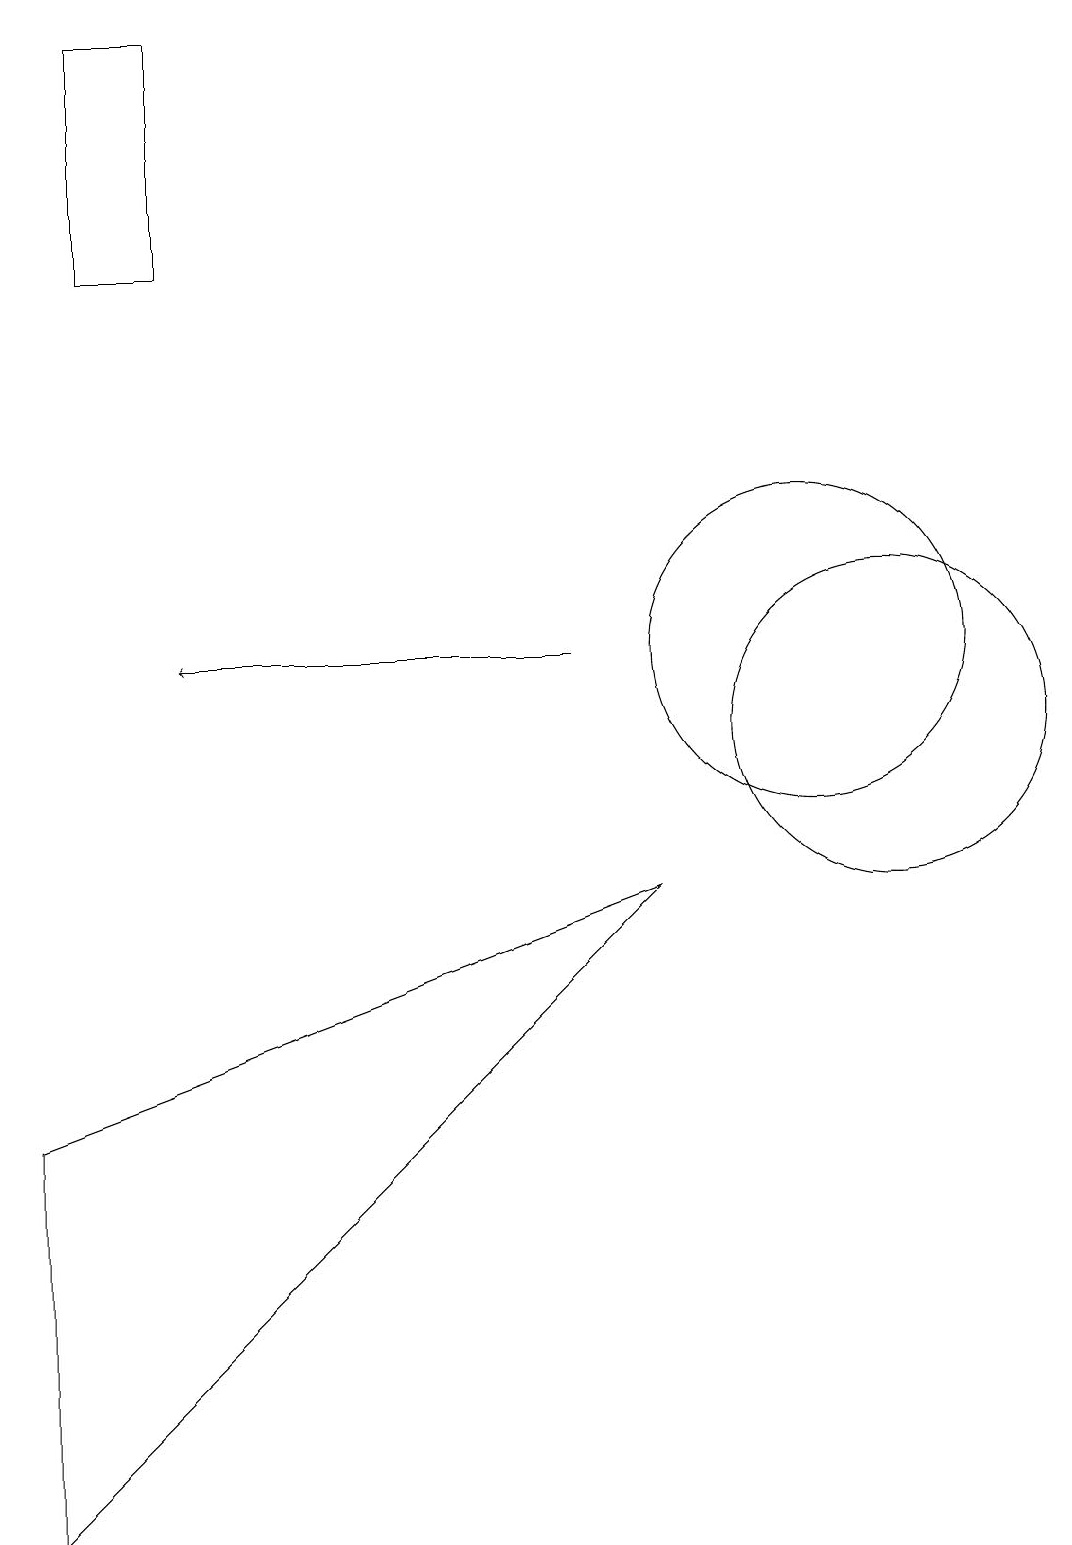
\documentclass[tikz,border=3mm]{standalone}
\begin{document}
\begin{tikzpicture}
\draw (11,10) circle (2);
\draw (0,0) -- (8,8) -- (0,5) -- cycle;
\draw (1,19) rectangle (2,16);
\draw[->] (7,11) -- (2,11);
\draw (10,11) circle (2);
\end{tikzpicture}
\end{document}